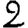
Digit: 2